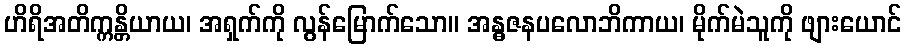
ဟိရိအတိက္ကန္တိယာယ၊ အရှက်ကို လွန်မြောက်သော။ အန္ဓဇနပလောဘိကာယ၊ မိုက်မဲသူကို ဖျားယောင်